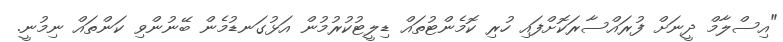
"އިސްލާމް ދީނަށް ފުރައްސާރަކޮށްފައި ހުރި ކޮމެންޓުތައް ޑިލީޓުކުރުމުން އަޅުގަނޑުމެން ބޭނުންވި ކަންތައް ނިމުނީ.